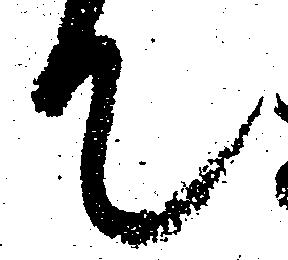
て